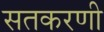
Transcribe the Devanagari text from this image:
सतकरणी